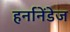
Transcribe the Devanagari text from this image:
हर्नानेंडेज